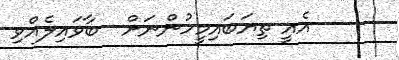
އެއީ ތިޔަބައިމީހުންނަށް  ބާވައިލެއްވި